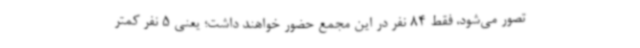
تصور می‌شود، فقط 84 نفر در این مجمع حضور خواهند داشت؛ یعنی 5 نفر کمتر